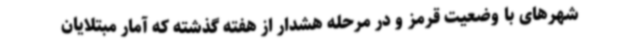
شهرهای با وضعیت قرمز و در مرحله هشدار از هفته گذشته که آمار مبتلایان